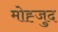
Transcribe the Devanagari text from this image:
मोह्जुद